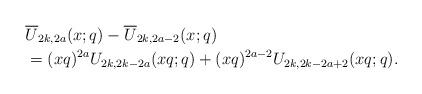
LaTeX: \begin{align*} &\overline{U}_{2k,2a}(x;q)-\overline{U}_{2k,2a-2}(x;q)\\&=(xq)^{2a}U_{2k,2k-2a}(xq;q)+(xq)^{2a-2}U_{2k,2k-2a+2}(xq;q).\end{align*}